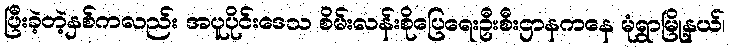
ပြီးခဲ့တဲ့နှစ်ကလည်း အပူပိုင်းဒေသ စိမ်းလန်းစိုပြေရေးဦးစီးဌာနကနေ မုံရွာမြို့နယ်၊